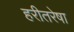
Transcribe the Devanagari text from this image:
हरीतरेषा